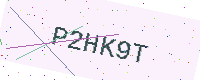
Text: P2HK9T